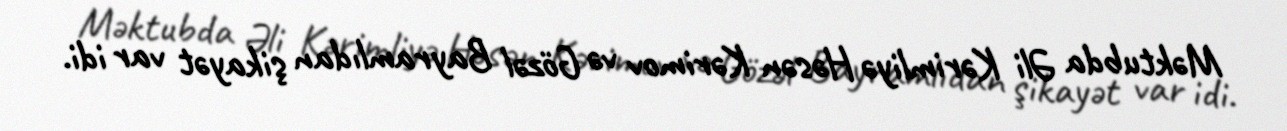
Məktubda Əli Kərimliyə Həsən Kərimov və Gözəl Bayramlıdan şikayət var idi.